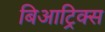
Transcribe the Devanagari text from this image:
बिआट्रिक्स